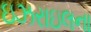
ઇઝરાઇલના